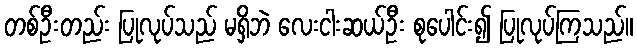
တစ်ဦးတည်း ပြုလုပ်သည် မရှိဘဲ လေးငါးဆယ်ဦး စုပေါင်း၍ ပြုလုပ်ကြသည်။